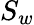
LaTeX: S_{w}